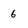
Character: 6